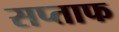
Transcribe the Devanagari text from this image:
सप्ताफ